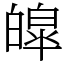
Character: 皡